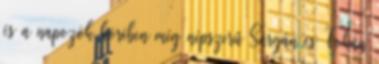
és a napozók körében még népszerű Sárgán és Fokán